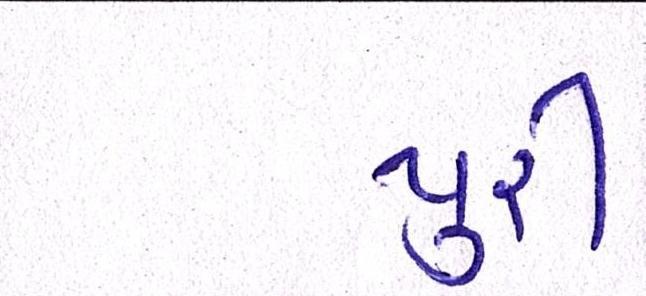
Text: પુરી